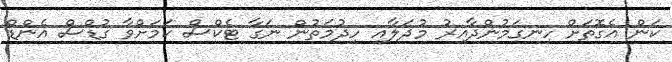
ކަން އެގޮތަށް ހިނގަމުންދާއިރު މުދަލާއި ހިދުމަތުން ނަގާ ޓެކްސް ކަމަށްވާ ގުޑްސް އެންޑް